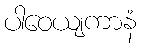
ပါဝေယျကာနံ